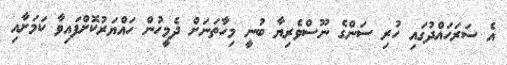
އެ ސަރަހައްދުގައި ހުރި ސަންގެ ނޫސްވެރިޔާ ބުނީ މިހާތަނަށް ދެމީހުން ހައްޔަރުކޮށްފައިވާ ކަމަށާއި